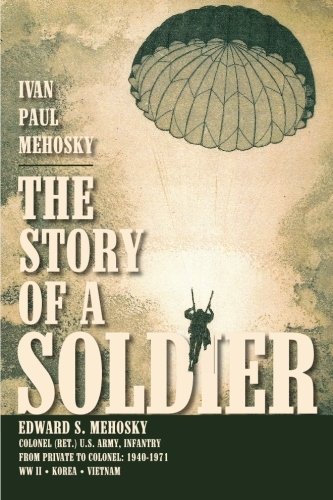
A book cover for The Story of a Soldier: Edward S. Mehosky, Col. (Ret.) U.S. Army, Infantry, from Private to Colonel: 1940-1971--WWII * Korea * Vietnam; Ivan Paul Mehosky; History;